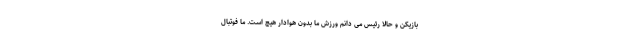
بازیکن و حالا رئیس می دانم ورزش ما بدون هوادار هیچ است. ما فوتبال